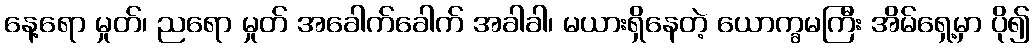
နေ့ရော မှုတ်၊ ညရော မှုတ် အခေါက်ခေါက် အခါခါ၊ မယားရှိနေတဲ့ ယောက္ခမကြီး အိမ်ရှေ့မှာ ပို၍